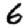
Digit: 6